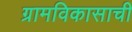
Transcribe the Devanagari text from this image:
ग्रामविकासाची